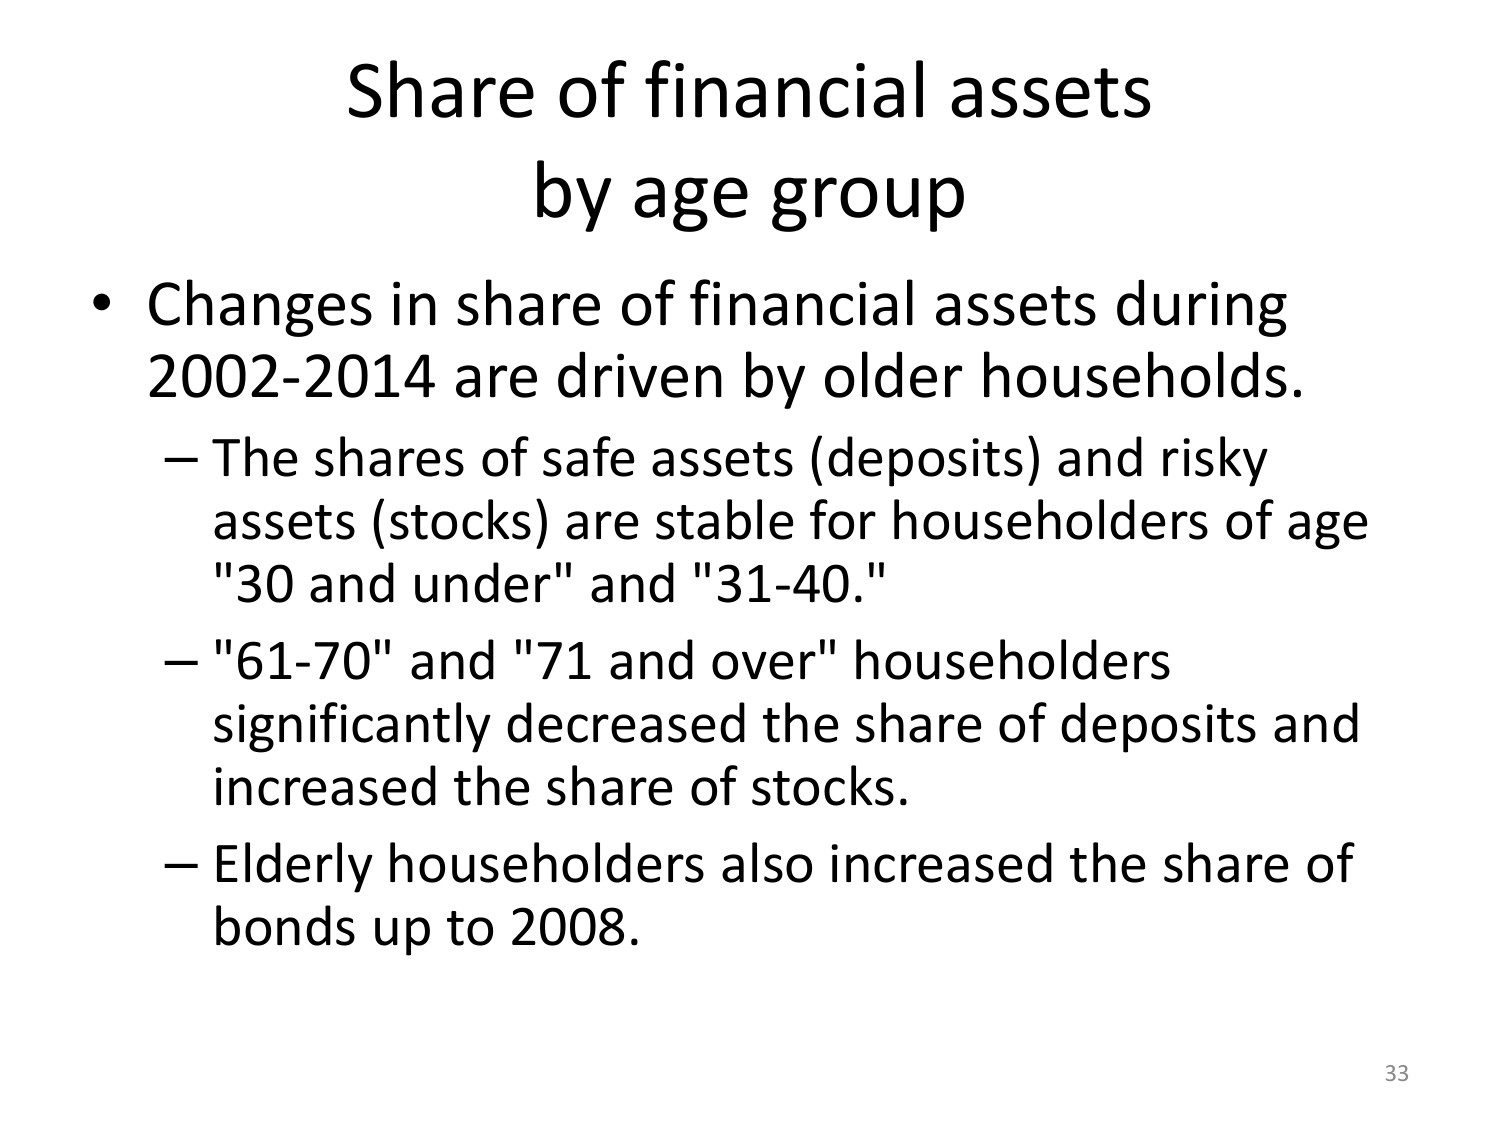
Share of financial assets
by age group

• Changes in share of financial assets during
2002-2014 are driven by older households.
– The shares of safe assets (deposits) and risky
assets (stocks) are stable for householders of age
"30 and under" and "31-40."
– "61-70" and "71 and over" householders
significantly decreased the share of deposits and
increased the share of stocks.
– Elderly householders also increased the share of
bonds up to 2008.

33